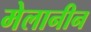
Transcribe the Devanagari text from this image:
मेलानीन